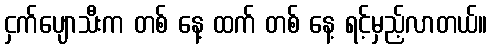
ငှက်ပျောသီးက တစ် နေ့ ထက် တစ် နေ့ ရင့်မှည့်လာတယ်။